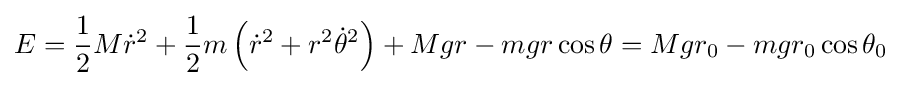
E={\frac {1}{2}}M{\dot {r}}^{2}+{\frac {1}{2}}m\left({\dot {r}}^{2}+r^{2}{\dot {\theta }}^{2}\right)+Mgr-mgr\cos {\theta }=Mgr_{0}-mgr_{0}\cos {\theta _{0}}